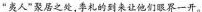
“夷人”聚居之处，季札的到来让他们眼界一开。